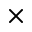
\times